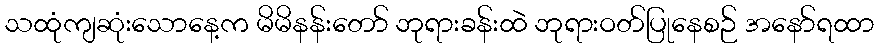
သထုံကျဆုံးသောနေ့က မိမိနန်းတော် ဘုရားခန်းထဲ ဘုရားဝတ်ပြုနေစဉ် အနော်ရထာ